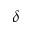
\delta